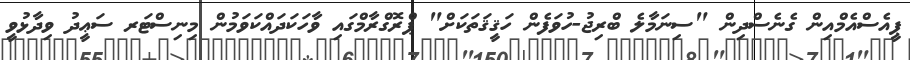
ޕީއެސްއެމްއިން ގެނެސްދިން "ސިނަމާލެ ބްރިޖު-ހުވަފެން ހަޤީޤަތަކަށް" ޕްރޮގްރާމްގައި ވާހަކަދައްކަވަމުން މިނިސްޓަރ ސަޢީދު ވިދާޅުވީ